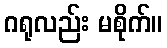
ဂရုလည်း မစိုက်။